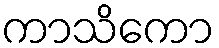
ကာသိကော